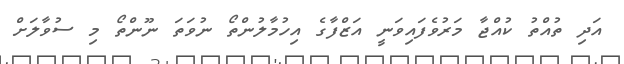
އަދި ތުއްތު ކުއްޖާ މަރުވެފައިވަނީ އަޒްފާގެ އިހުމާލުންތޯ ނުވަތަ ނޫންތޯ މި ސުވާލަށް